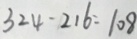
3 2 4 - 2 1 6 = 1 0 8